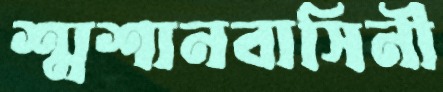
শ্মশানবাসিনী